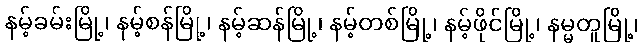
နမ့်ခမ်းမြို့၊ နမ့်စန်မြို့၊ နမ့်ဆန်မြို့၊ နမ့်တစ်မြို့၊ နမ့်ဖိုင်မြို့၊ နမ္မတူမြို့၊